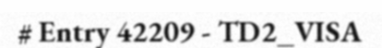
# Entry 42209 - TD2_VISA